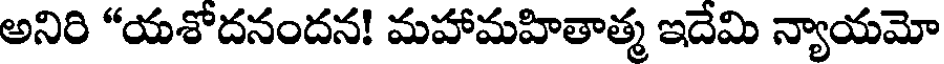
అనిరి "యశోదనందన! మహామహితాత్మ ఇదేమి న్యాయమో